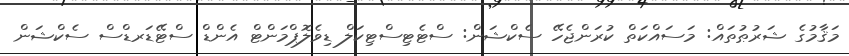
މަޤާމުގެ ޝަރުޠުތައް: މަސައްކަތް ކުރަންޖެހޭ ސެކްޝަން: ސްޓެޓިސްޓިކަލް ޑިވެލޮޕްމަންޓް އެންޑް ސްޓޭޑަރޑްސް ސެކްޝަން